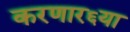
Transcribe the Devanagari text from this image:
करणार६या